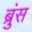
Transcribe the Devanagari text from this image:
ब्रुंस